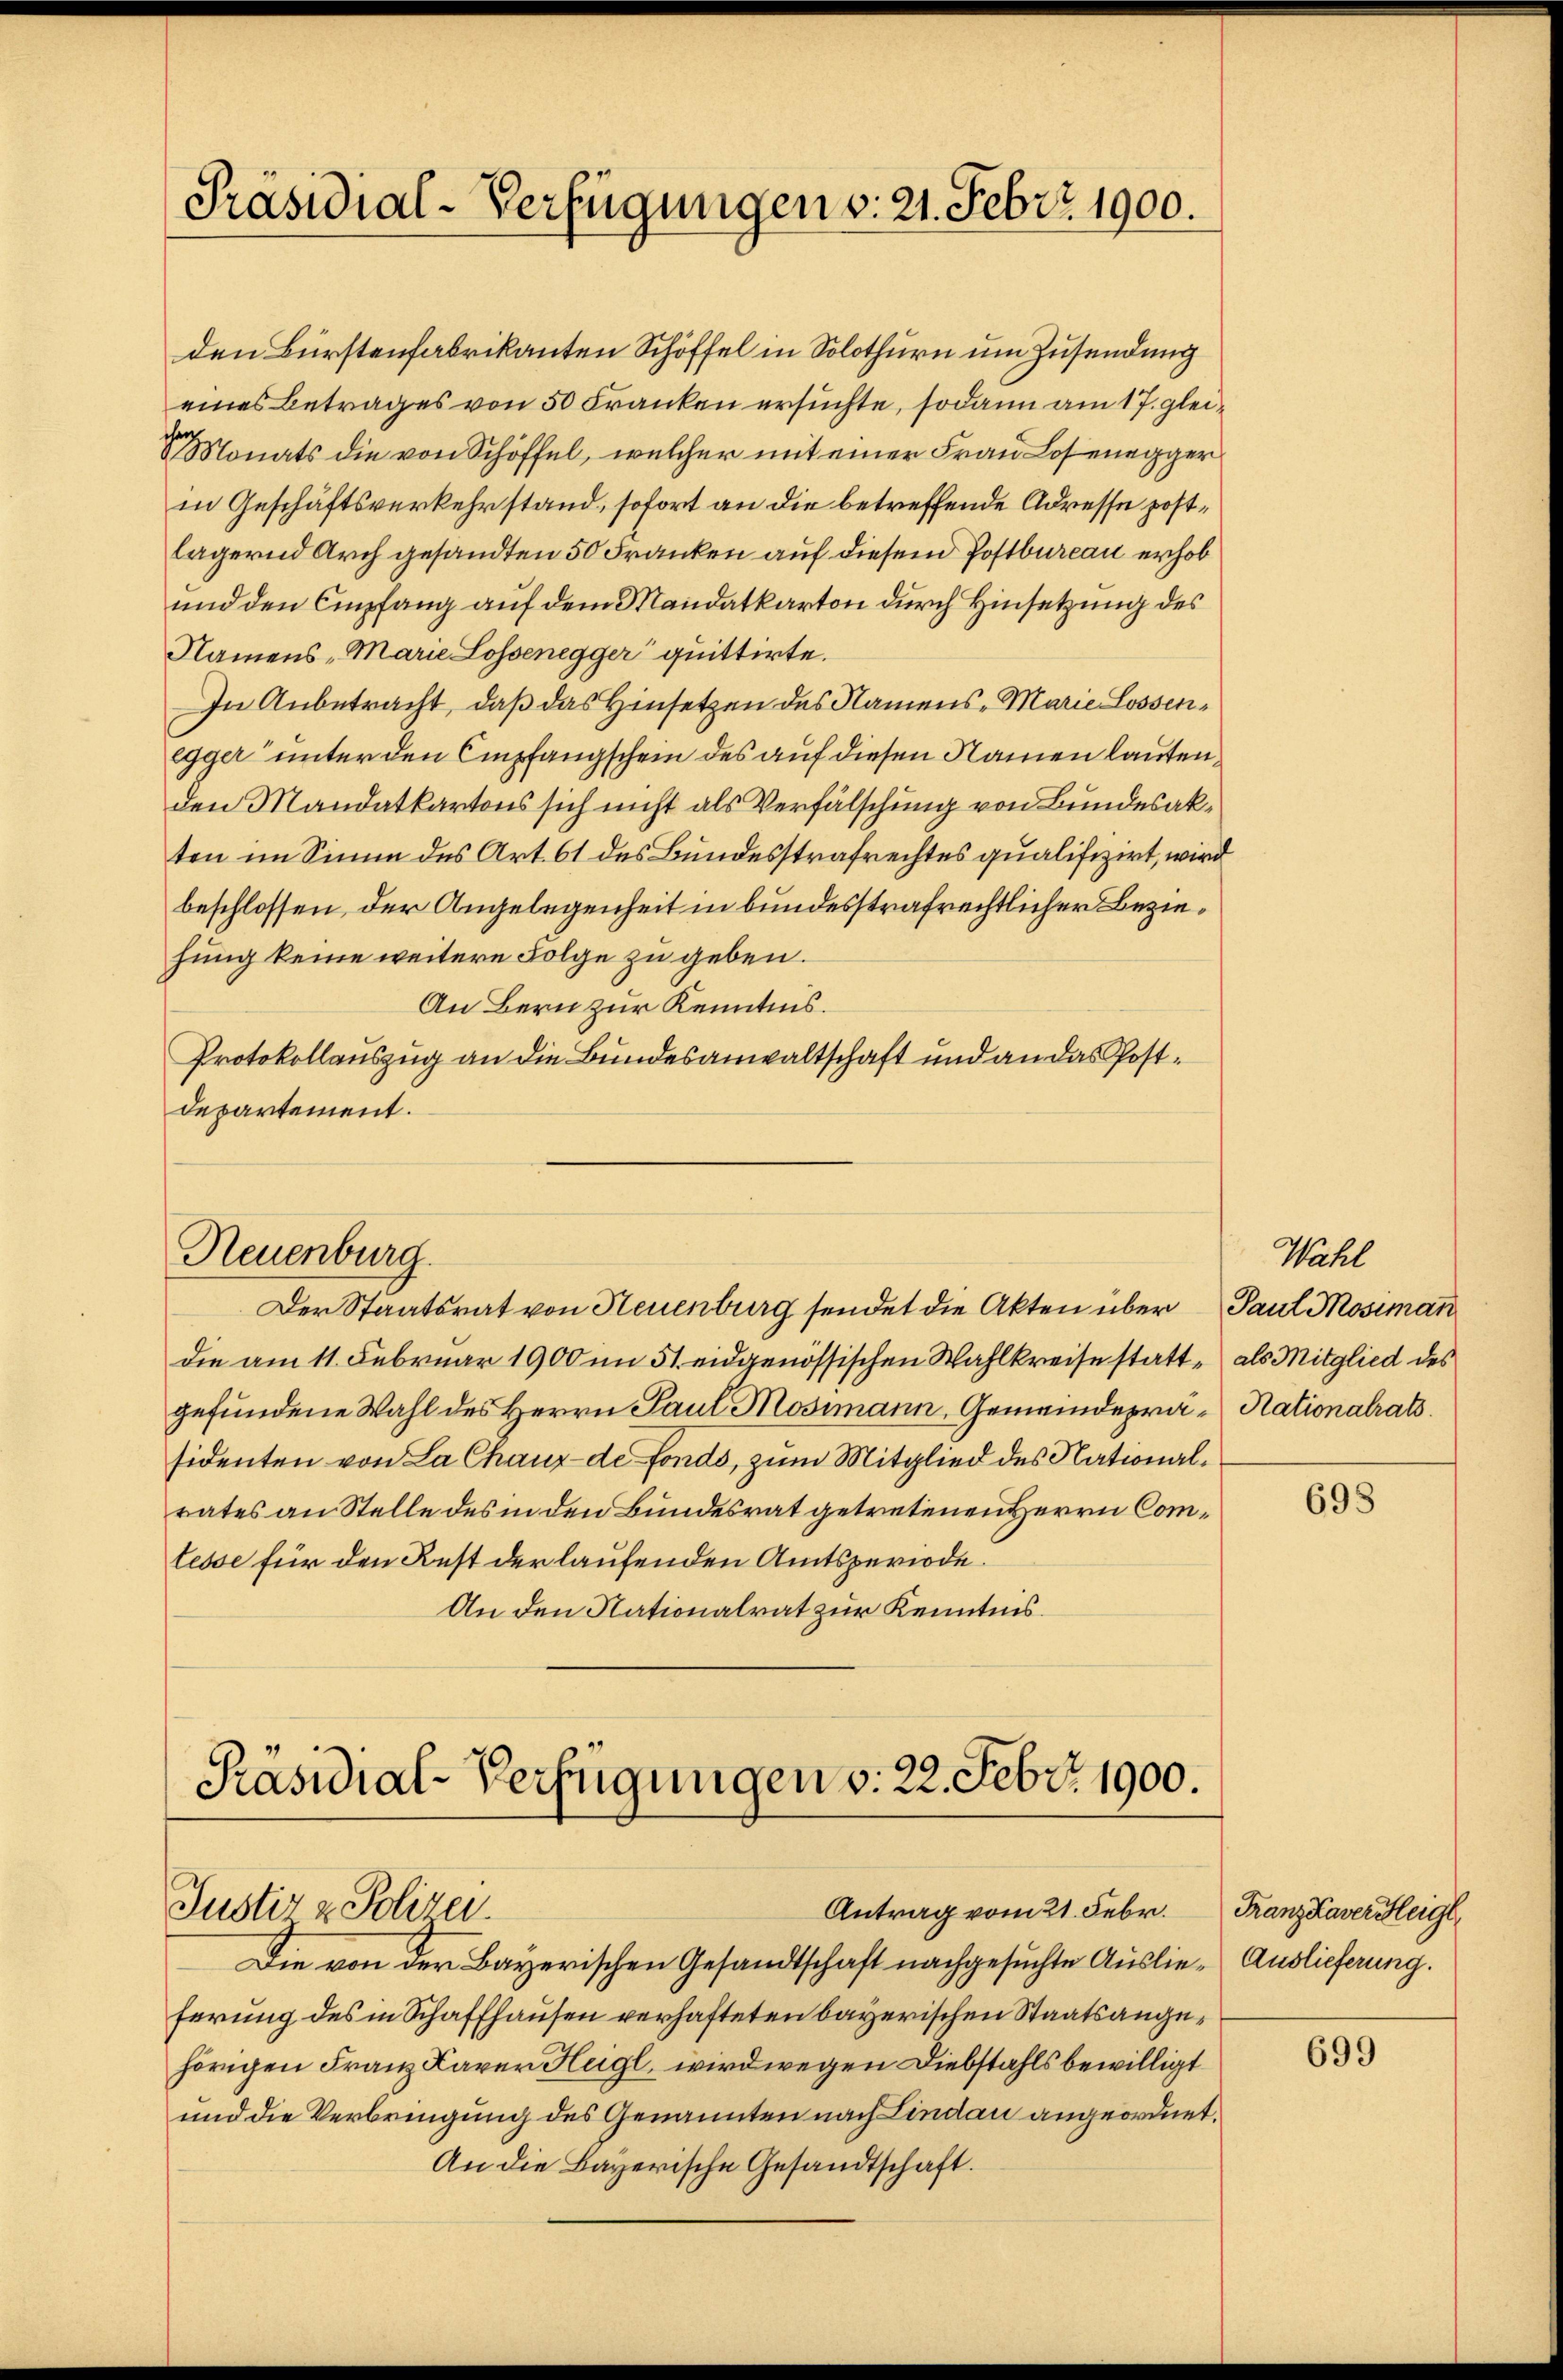
Präsidial-Verfügungen v. 21. Febr. 1900.

den Bürstenfabrikanten Schöffel in Solothurn um Zusendung
eines Betrages von 50 Franken ersuchte, sodann am 17. glei¬
 Monats die von Schöffel, welcher mit einer Frau Losenegger
in Geschäftsverkehrstand, sofort an die betreffende Adresse postlägernd Arch gesandten 50 Franken auf diesem Postbureau erhob
und den Empfang auf dem Mandatkarton durch Hinsetzung des
Namens „Marie Lossenegger quittirte.
In Anbetracht, daß das Hinsetzen des Namens - Marie Lossenegger unter den Empfangschein des auf diesen Namen lauten
den Mandatkartons sich nicht als Verfälschung von Bundesakten im Sinne des Art. 61 des Bundesstrafrechtes qualifizirt, wird
beschlossen, der Angelegenheit in bundesstrafrechtlicher Beziehung keine weitere Folge zu geben.
An Bern zur Kenntnis.
Protokollauszug an die Bundesanwaltschaft und an das Postdepartement.

Neuenburg.
Der Staatsrat von Neuenburg sendet die Akten über Paul Mosiman

die am 11. Februar 1900 im 51. eidgenössischen Wahlkreise statt - als Mitglied des
gefundene Wahl des Herrn Paul Mosimann, Gemeindeprä- Rationalrats.
sidenten von La Chaux-de-Fonds, zum Mitglied des Nationalrates an Stelle des in den Bundesrat getretenen Herrn Comtesse für den Rest der laufenden Amtsperiode.
An den Nationalrat zur Kenntnis.

Präsidial-Verfügungen v. 22. Febr. 1900.
Antrag vom 21. Febr.
Justiz & Polizei.

Wähl

Die von der Bayerischen Gesandtschaft nachgesuchte Auslie- Auslieferung.
ferung des in Schaffhausen verhafteten bayerischen Staatsangehörigen Franz Kaver Heigl, wird wegen Diebstahls bewilligt
und die Verbringung des Genannten nach Lindau angeordnet.
An die Bayerische Gesandtschaft.

698

Franz Kavereigl,

699